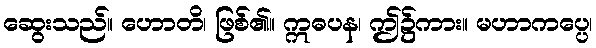
ဆွေးသည်။ ဟောတိ၊ ဖြစ်၏။ ဣဓပန၊ ဤ၌ကား။ မဟာကပ္ပေ၊